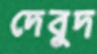
দেবুদ